Civil Veterinary Department. United Provinces 1923-31 - 1923-1931
Year: 1923
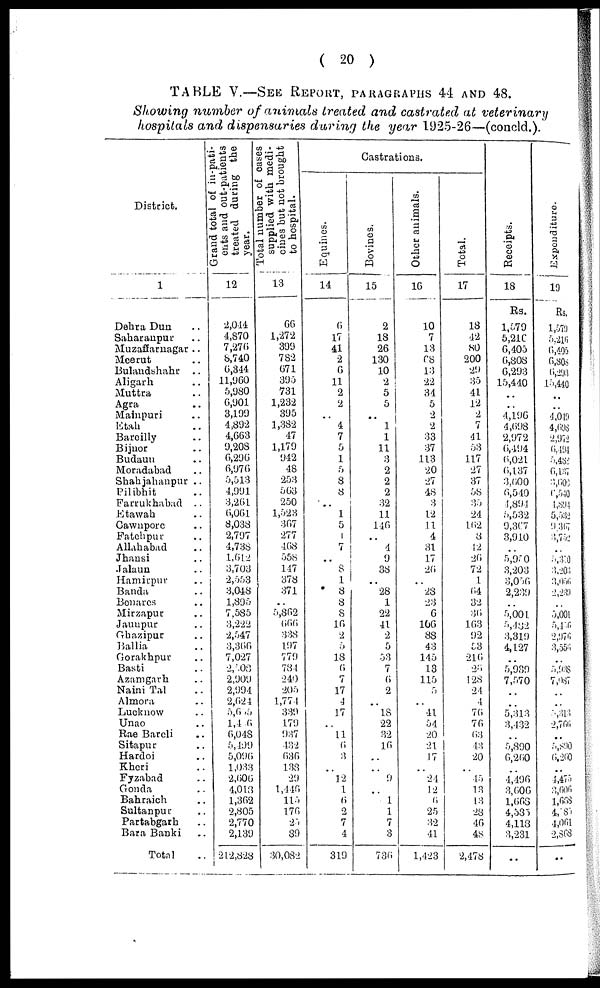
( 20 )
TABLE V.—SEE REPORT, PARAGRAPHS 44 AND 48.
Showing number of animals treated and castrated at veterinary
hospitals and dispensaries during the year 1925-26—(concld.).
District.
1
Dehra Dun ..
Saharanpur ..
Muzaffarnagar ..
Meerut ..
Bulandshahr
..
Aligarh ..
Muttra ..
Agra ..
Mainpuri ..
Etah ..
Bareilly ..
Bijnor ..
Budaun ..
Moradabad ..
Shahjahanpur ..
Pilibhit ..
Farrukhabad ..
Etawah ..
Cawnpore ..
Fatehpur ..
Allahabad ..
Jhansi ..
Jalaun ..
Hamirpur ..
Banda ..
Benares ..
Mirzapur ..
Jaunpur ..
Ghazipur ..
Ballia ..
Gorakhpur ..
Basti ..
Azamgarh ..
Naini Tal ..
Almora ..
Lucknow ..
Unao ..
Rae Bareli ..
Sitapur ..
Hardoi ..
Kheri ..
Fyzabad ..
Gonda ..
Bahraich ..
Sultanpur ..
Partabgarh ..
Bara Banki ..
Total ..
Grand total of in-pati-
ents and out-patients
treated during the
year.
12
2,044
4,870
7,270
8,740
6,344
11,960
5,980
6,901
3,199
4,892
4,663
9,208
6,296
6,976
5,513
4,991
3,261
6,061
8,033
2,797
4,738
1,612
3,703
2,553
3,048
1,895
7,585
3,222
2,547
3,366
7,027
2,508
2,909
2,994
2,624
5,655
1,416
6,048
5,199
5,096
1,033
2,600
4,018
1,362
2,805
2,770
2,139
212,828
supplied with medi-
cines but not brought
to hospital.
13
66
1,272
399
782
671
395
731
1,232
395
1,382
47
1,179
942
48
253
563
250
1,523
307
277
408
558
147
378
371
..
5,802
666
338
197
779
784
240
205
1,774
339
179
937
432
686
138
29
1,446
115
176
25
89
30,082
Castrations.
Equines.
14
6
17
41
2
6
11
2
2
..
4
7
5
1
5
8
8
..
1
5
1
7
..
8
1
8
8
8
16
2
5
18
6
7
17
4
17
..
11
6
3
..
12
1
6
2
7
4
319
Bovines.
15
2
18
26
130
10
2
5
5
..
1
1
11
3
2
2
2
32
11
140
..
4
9
38
..
28
1
22
41
2
5
53
7
6
2
..
18
22
32
16
..
..
9
..
1
1
7
3
736
Other animals.
16
10
7
13
68
13
22
34
5
2
2
33
37
113
20
27
48
3
12
11
4
31
17
26
..
28
23
6
106
88
43
145
13
115
5
..
41
54
20
21
17
..
24
12
6
25
32
41
1,423
Total.
17
18
42
80
200
29
35
41
12
2
7
41
53
117
27
37
58
35
24
102
8
12
20
72
1
64
32
36
103
92
53
216
26
128
24
4
76
76
63
43
20
..
45
13
13
28
46
48
2,478
Receipts.
18
Rs.
1,579
5,216
6,405
6,808
6,293
15,440
..
..
4,196
4,698
2,972
6,494
6,021
6,137
3,600
6,540
4,894
5,532
9,367
3,910
..
5,950
3,203
3,056
2 239
..
5,001
5,482
3,319
4,127
..
5,939
7,570
..
..
5,313
3,432
..
5,890
6,260
..
4,496
3,006
1,663
4,535
4,118
3,231
..
Expenditure.
19
Rs,
1,570
5,216
0,405
6,808
6,293
15,440
..
..
4,049
4,698
2,972
6,494
5,488
6,137
3,606
6,540
4,894
5,532
9 367
3,752
..
5,350
3,203
3,056
2,239
..
5,001
5,456
2,976
3,556
..
5,938
7,087
..
..
5,313
2,766
..
5,890
6,260
..
4,475
3,606
1,668
4,185
4,061
2,863
..